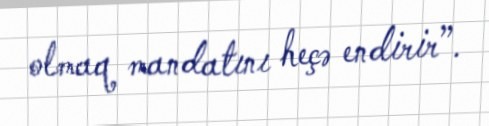
olmaq mandatını heçə endirir”.